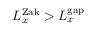
L _ { x } ^ { \mathrm { Z a k } } > L _ { x } ^ { \mathrm { g a p } }